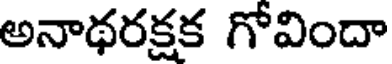
అనాథరక్షక గోవిందా